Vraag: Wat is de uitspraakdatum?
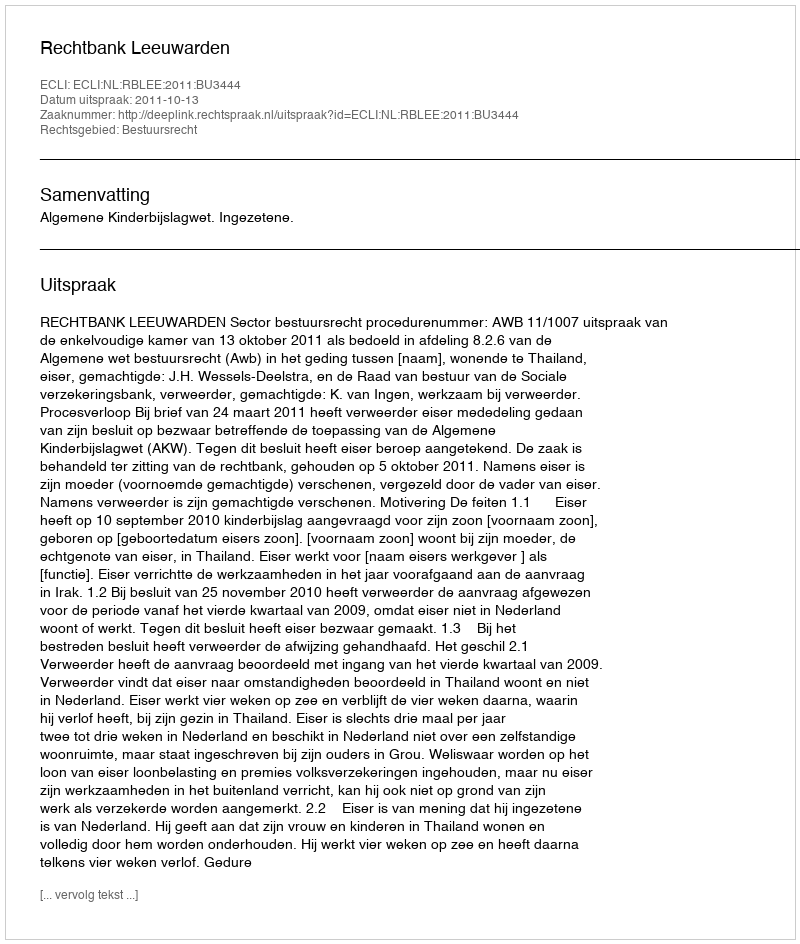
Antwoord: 2011-10-13